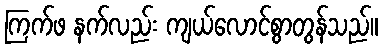
ကြက်ဖ နက်လည်း ကျယ်လောင်စွာတွန်သည်။